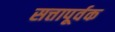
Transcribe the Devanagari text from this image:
सत्तापूर्वक